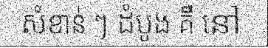
សំខាន់ ៗ ដំបូង គឺ នៅ